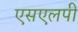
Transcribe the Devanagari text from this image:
एसएलपी